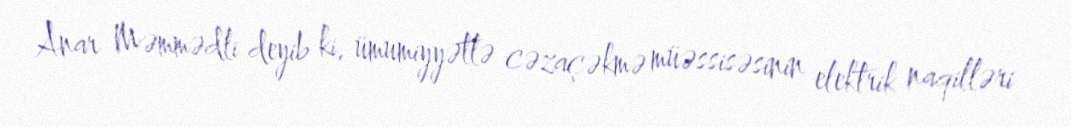
Anar Məmmədli deyib ki, ümumiyyətlə cəzaçəkmə müəssisəsinin elektrik naqilləri